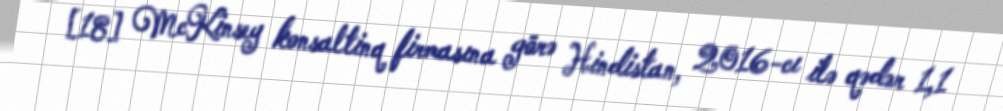
[18] McKinsey konsaltinq firmasına görə Hindistan, 2016-cı ilə qədər 1,1